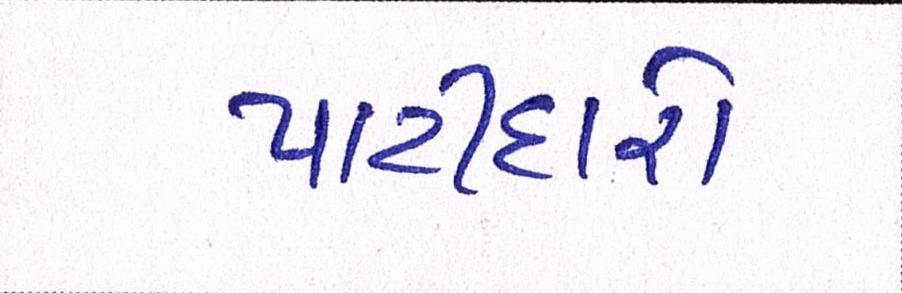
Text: પાટીદારો